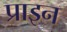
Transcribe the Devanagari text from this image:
प्राइन